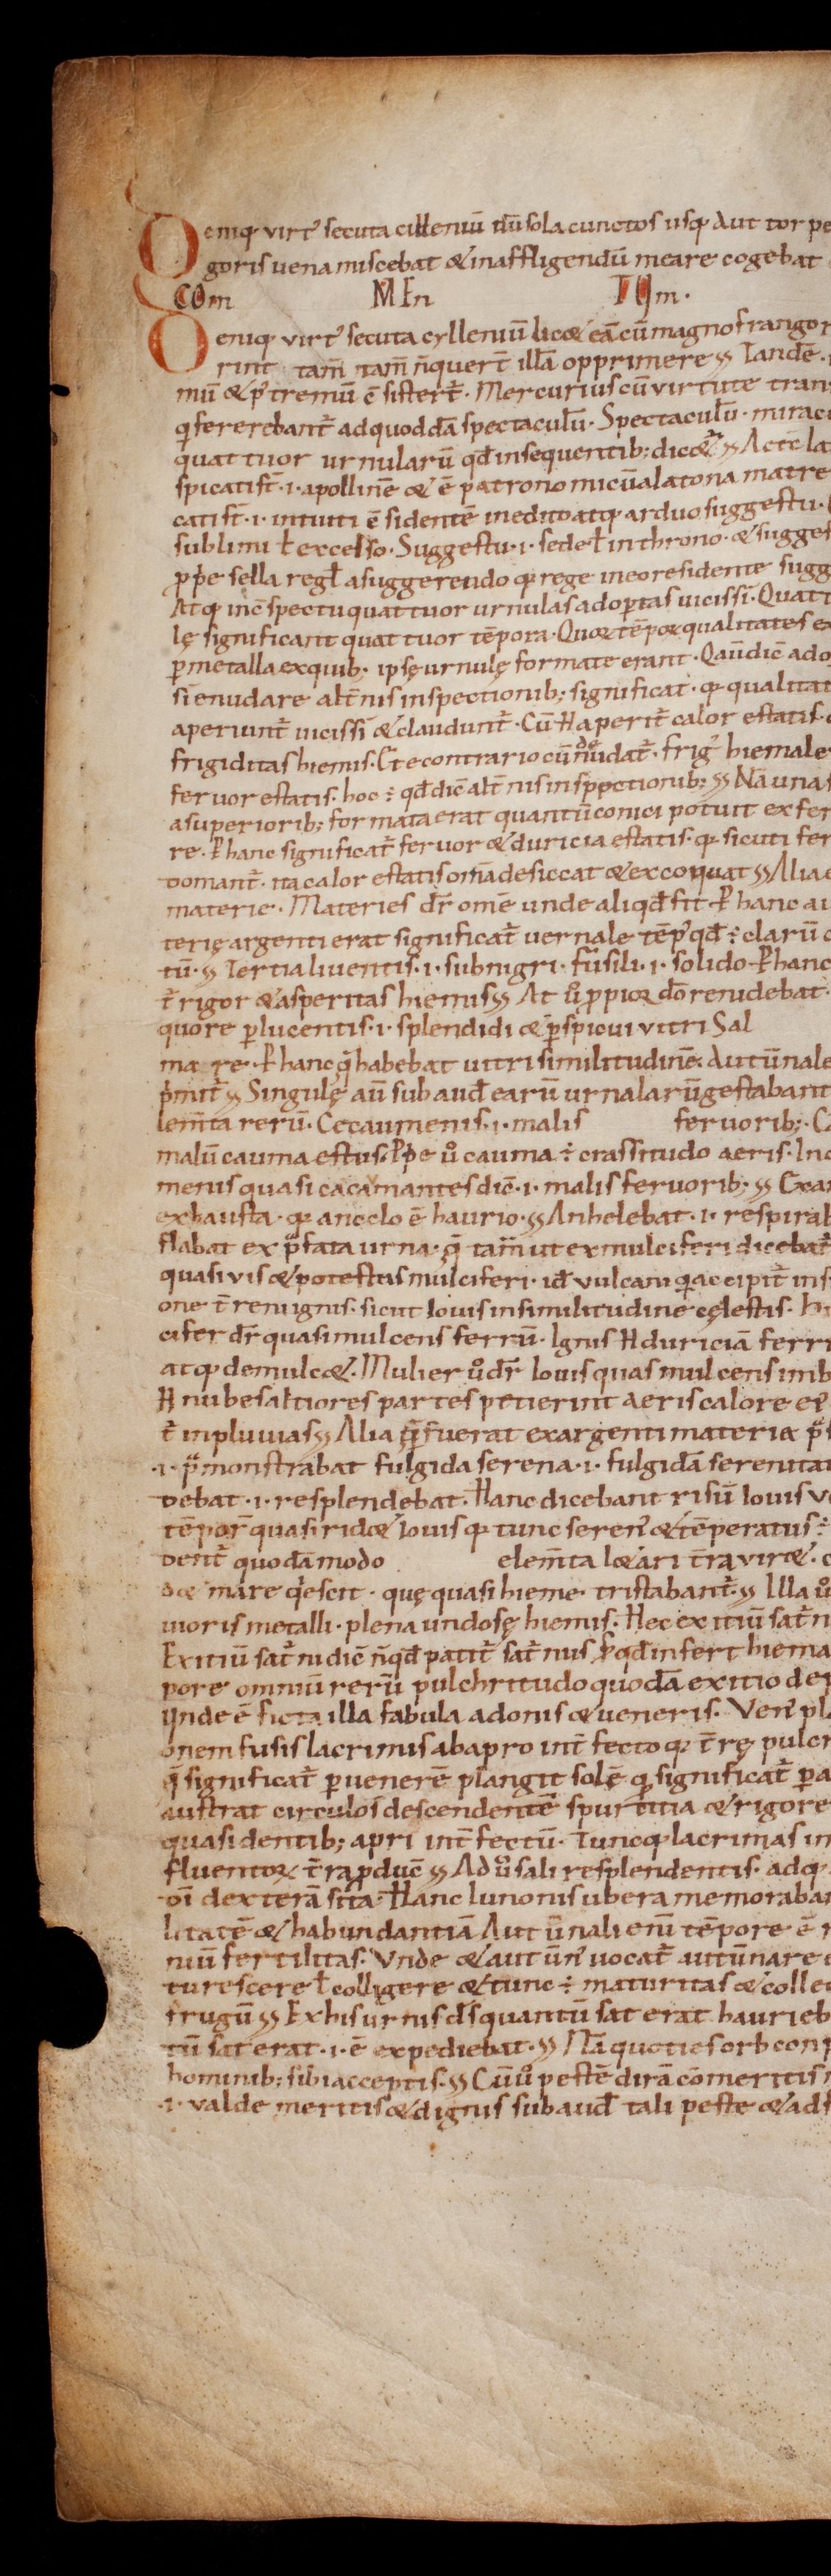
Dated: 1000–1099